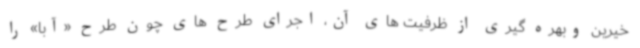
خیرین وبهره گیری از ظرفیت های آن‌، اجرای طرح های چون طرح «آبا» را